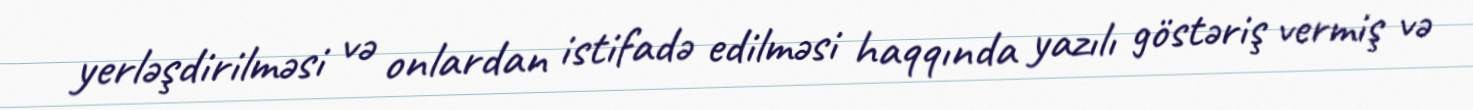
yerləşdirilməsi və onlardan istifadə edilməsi haqqında yazılı göstəriş vermiş və